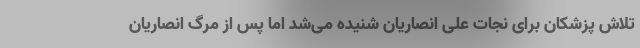
تلاش پزشکان برای نجات علی انصاریان شنیده می‌شد اما پس از مرگ انصاریان